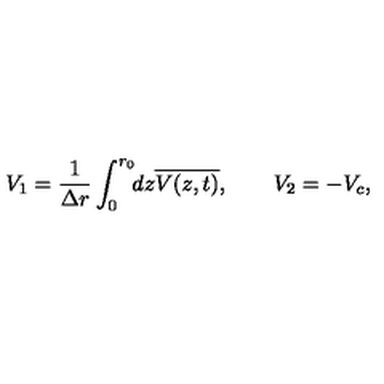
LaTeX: V _ { 1 } = \frac { 1 } { \Delta r } \int _ { 0 } ^ { r _ { 0 } } \! \! d z \overline { { V ( z , t ) } } , \quad \quad V _ { 2 } = - V _ { c } ,